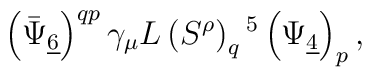
\left(\bar\Psi_{\underline 6}\right)^{qp} \gamma_\mu L  \left(S^\rho\right)_q{}^5 \left(\Psi_{\underline 4}\right)_p,